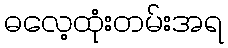
ဓလေ့ထုံးတမ်းအရ